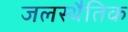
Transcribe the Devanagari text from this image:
जलस्थैतिक